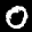
Label: 0